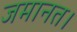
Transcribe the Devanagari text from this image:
जमानत।